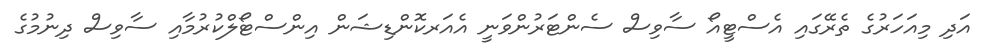
އަދި މިއަަހަރުގެ ތެރޭގައި އެސްޓީއޯ ސާވިސް ސެންޓަރުންވަނީ އެއަރކޮންޑިޝަން އިންސްޓޯލްކުރުމާއި ސާވިސް ދިނުމުގެ